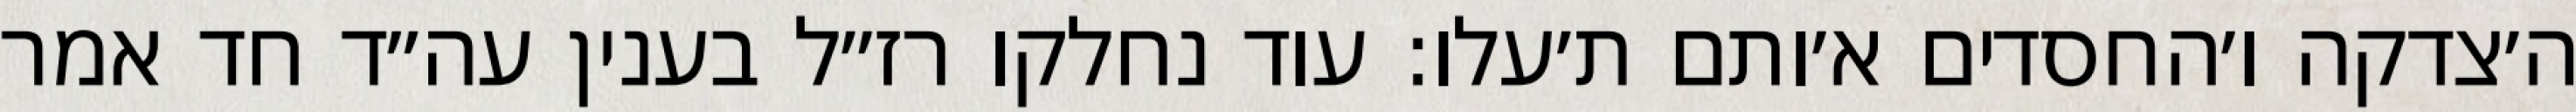
ה׳צדקה ו׳החסדים א׳ותם ת׳עלו: עוד נחלקו רז״ל בענין עה״ד חד אמר